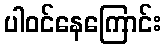
ပါဝင်နေကြောင်း